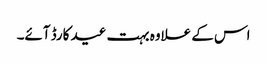
اس کے علاوہ بہت عید کارڈ آئے۔